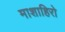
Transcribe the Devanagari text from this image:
माशाहिरो